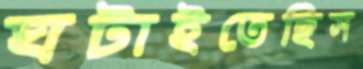
ঘটাইতেছিস